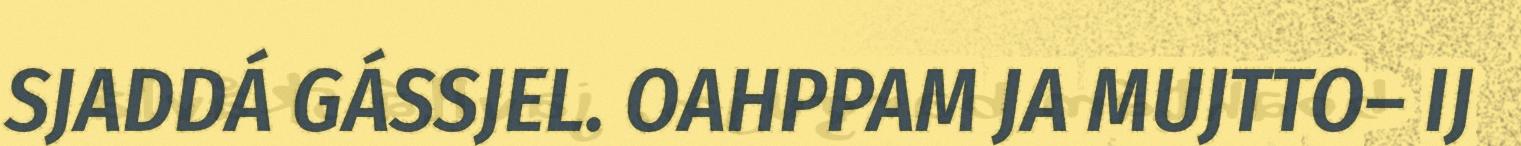
SJADDÁ GÁSSJEL. OAHPPAM JA MUJTTO– IJ